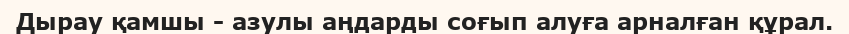
Дырау қамшы - азулы аңдарды соғып алуға арналған құрал.